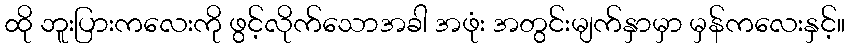
ထို ဘူးပြားကလေးကို ဖွင့်လိုက်သောအခါ အဖုံး အတွင်းမျက်နှာမှာ မှန်ကလေးနှင့်။